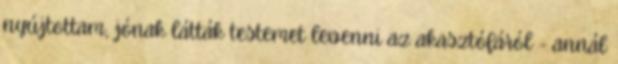
nyújtottam, jónak látták testemet levenni az akasztófáról - annál